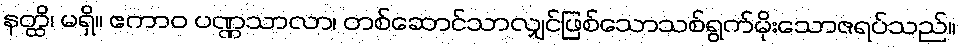
နတ္ထိ၊ မရှိ။ ဧကာဝ ပဏ္ဏသာလာ၊ တစ်ဆောင်သာလျှင်ဖြစ်သောသစ်ရွက်မိုးသောဇရပ်သည်။